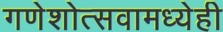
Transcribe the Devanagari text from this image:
गणेशोत्सवामध्येही